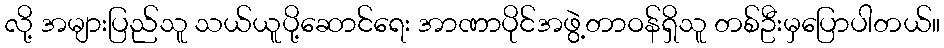
လို့ အများပြည်သူ သယ်ယူပို့ဆောင်ရေး အာဏာပိုင်အဖွဲ့တာဝန်ရှိသူ တစ်ဦးမှပြောပါတယ်။